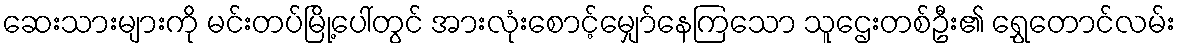
ဆေးသားများကို မင်းတပ်မြို့ပေါ်တွင် အားလုံးစောင့်မျှော်နေကြသော သူဌေးတစ်ဦး၏ ရွှေတောင်လမ်း